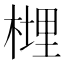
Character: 榸